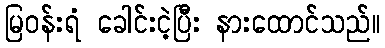
မြဝန်းရံ ခေါင်းငဲ့ပြီး နားထောင်သည်။